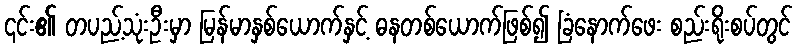
၎င်း၏ တပည့်သုံးဦးမှာ မြန်မာနှစ်ယောက်နှင့် ဓနတစ်ယောက်ဖြစ်၍ ခြံနောက်ဖေး စည်းရိုးစပ်တွင်